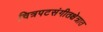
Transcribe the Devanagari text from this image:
चित्रपटसंगीतक्षेत्रात